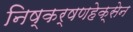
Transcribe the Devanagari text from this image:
निष्कर्षणहेक्सेन